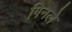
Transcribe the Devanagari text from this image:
गिनले